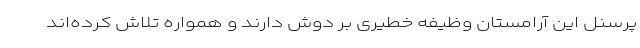
پرسنل این آرامستان وظیفه خطیری بر دوش دارند و همواره تلاش کرده‌اند